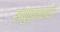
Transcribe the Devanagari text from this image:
संयुक्तवादी